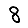
Digit: 8